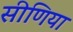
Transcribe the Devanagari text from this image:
सीणिया